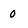
Character: 0